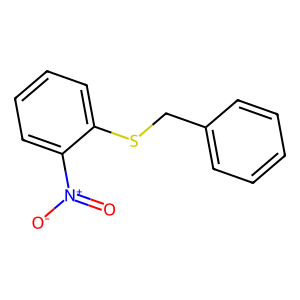
SMILES: O=[N+]([O-])c1ccccc1SCc1ccccc1
Inhibits HIV replication: No